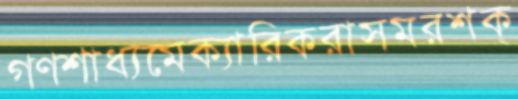
গণশাধ্যমেক্যারিকরাসমরশক্